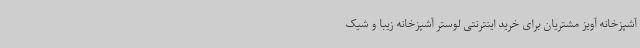
آشپزخانه آویز مشتریان برای خرید اینترنتی لوستر آشپزخانه زیبا و شیک